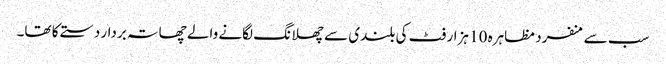
سب سے منفرد مظاہرہ 10 ہزار فٹ کی بلندی سے چھلانگ لگانے والے چھاتہ بردار دستے کا تھا۔